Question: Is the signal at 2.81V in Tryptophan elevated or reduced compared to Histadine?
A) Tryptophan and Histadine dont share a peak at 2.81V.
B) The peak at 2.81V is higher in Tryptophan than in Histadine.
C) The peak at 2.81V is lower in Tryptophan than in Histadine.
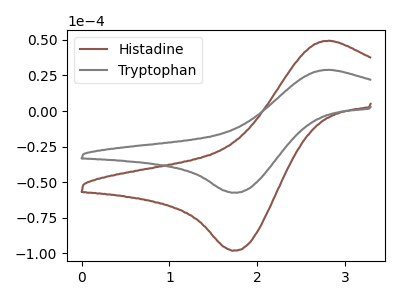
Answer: <think>The brown curve "Histadine" has an anodic peak at (2.80V, 49.40uA) and a cathodic peak at (1.70V, -98.15uA). The gray curve "Tryptophan" has an anodic peak at (2.80V, 28.95uA) and a cathodic peak at (1.70V, -57.50uA).</think>
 <answer>C) The peak at 2.81V is lower in "Tryptophan" than in "Histadine".</answer>
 <eval>C</eval>